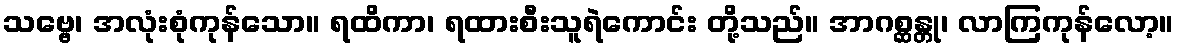
သဗ္ဗေ၊ အလုံးစုံကုန်သော။ ရထိကာ၊ ရထားစီးသူရဲကောင်း တို့သည်။ အာဂစ္ဆန္တု၊ လာကြကုန်လော့။